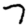
Digit: 7